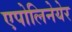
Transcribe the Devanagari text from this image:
एपोलिनेयेर